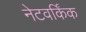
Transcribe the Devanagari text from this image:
नेटवर्किंक